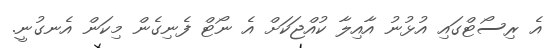
އެ ރިސޯޓްގައި އުޅުނު އާއިލާ ކުއްޖަކަށް އެ ނޯޓް ފެނިގެން މިކަން އެނގުނީ.